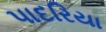
પાદરિયા